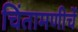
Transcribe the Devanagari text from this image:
चिंतामणीचें